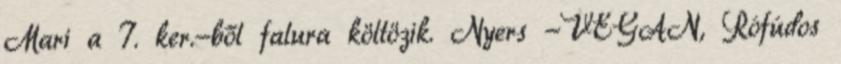
Mari a 7. ker.-ből falura költözik. Nyers -VEGÁN, Rófúdos